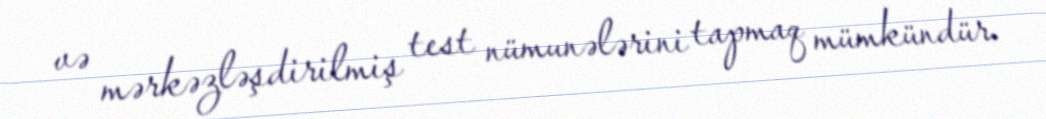
və mərkəzləşdirilmiş test nümunələrini tapmaq mümkündür.